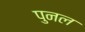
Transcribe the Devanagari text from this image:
पुनल